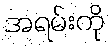
အရမ်းကို